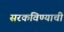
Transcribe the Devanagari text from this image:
सरकविण्याची